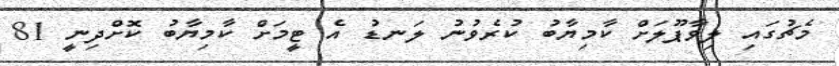
މެޗުގައި ލިވާޕޫލަށް ކާމިޔާބު ކުރެވުނު ލަނޑު އެ ޓީމަށް ކާމިޔާބު ކޮށްދިނީ 81